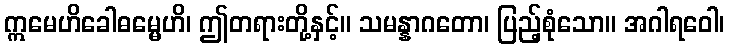
ဣမေဟိခေါဓမ္မေဟိ၊ ဤတရားတို့နှင့်။ သမန္နာဂတော၊ ပြည့်စုံသော။ အဂါရဝေါ၊